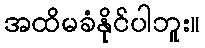
အထိမခံနိုင်ပါဘူး။